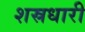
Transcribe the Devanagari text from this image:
शस्रधारी